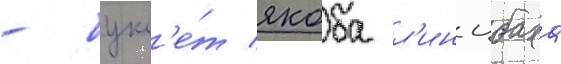
- букл'е́т якоба л'инцбаха